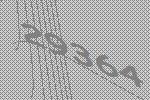
29364